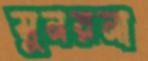
সুনয়না